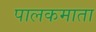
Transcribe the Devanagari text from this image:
पालकमाता